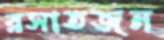
রসাতজন